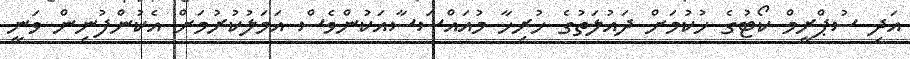
އަދި ސުޕްރީމް ކޯޓުގެ ހުކުމަށް ދައުލަތުގެ ހުރިހާ މުއައްސަސާއަކުންވެސް އަމަލުކުރުމަށް އެކުންފުނިން ވަނީ